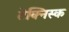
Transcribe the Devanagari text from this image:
टेक्निस्क